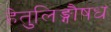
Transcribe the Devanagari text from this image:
हेतुलिङ्गौषध